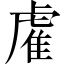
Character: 雐